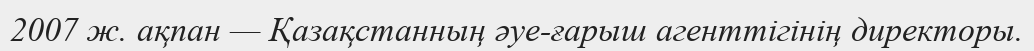
2007 ж. ақпан — Қазақстанның әуе-ғарыш агенттігінің директоры.